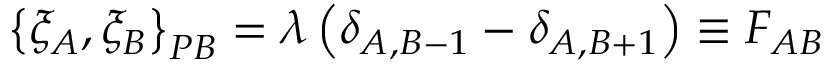
\left\{ \xi _ { A } , \xi _ { B } \right\} _ { P B } = \lambda \left( \delta _ { A , B - 1 } - \delta _ { A , B + 1 } \right) \equiv F _ { A B }